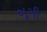
બૂગી